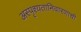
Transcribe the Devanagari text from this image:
अस्पृश्‍यतानिवारणाची